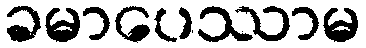
ခမာပေဿာမ